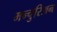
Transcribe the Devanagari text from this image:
मन्चुरिअन